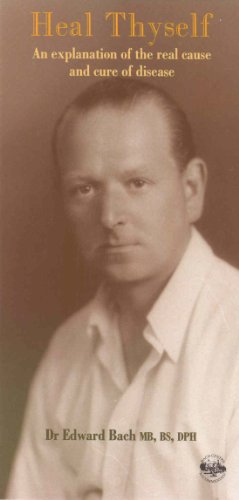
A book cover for Heal Thyself: An Explanation of the Real Cause and Cure of Disease; Dr. Edward Bach; Health, Fitness & Dieting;